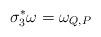
LaTeX: \begin{align*}\sigma_{3}^{*}\omega=\omega_{Q,P}\end{align*}